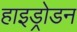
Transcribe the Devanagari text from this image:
हाइड्रोडन